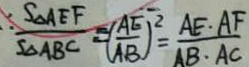
\therefore \frac { S _ { \Delta A E F } } { S _ { \Delta A B C } } = ( \frac { A E } { A B } ) ^ { 2 } = \frac { A E \cdot A F } { A B \cdot A C }